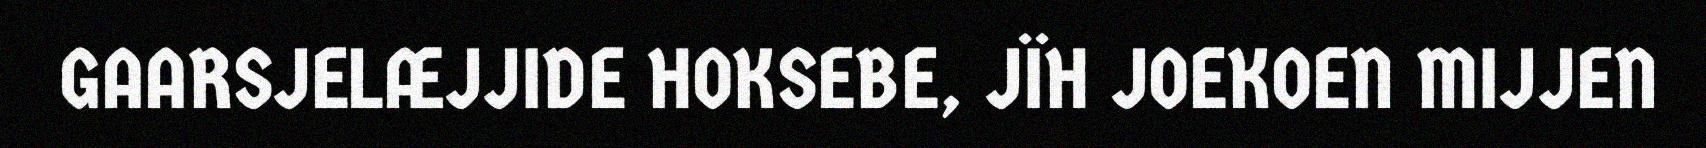
GAARSJELÆJJIDE HOKSEBE, JÏH JOEKOEN MIJJEN